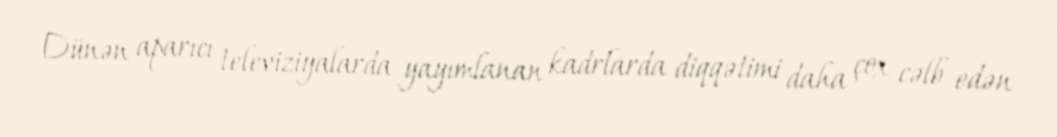
Dünən aparıcı televiziyalarda yayımlanan kadrlarda diqqətimi daha çox cəlb edən